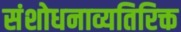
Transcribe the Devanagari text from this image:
संशोधनाव्यतिरिक्त